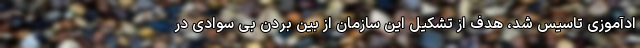
ادآموزی تاسیس شد، هدف از تشکیل این سازمان از بین بردن بی سوادی در